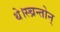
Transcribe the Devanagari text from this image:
थे।स्च्रन्तोन्